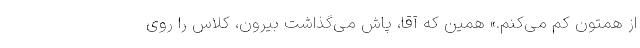
از همتون کم می‌‌کنم.» همین که آقا، پاش می‌گذاشت بیرون، کلاس را روی